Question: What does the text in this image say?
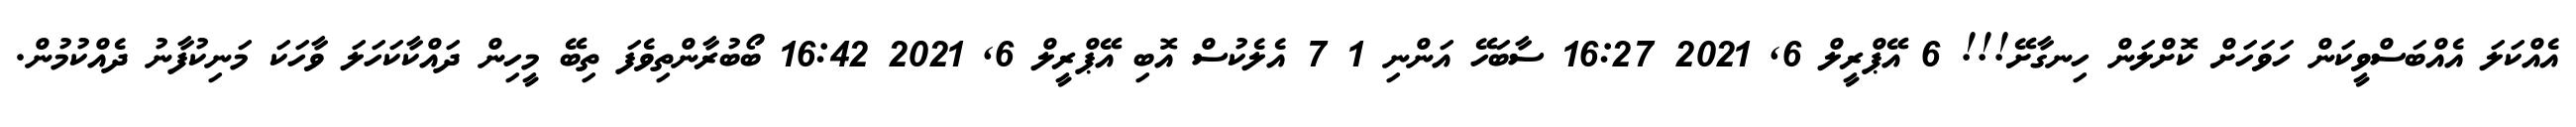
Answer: އެއްކަލަ އެއްބަސްވީކަން ހަވަހަށް ކޮށްލަން ހިނގާށޭ!!! 6 އޭޕްރީލް 6, 2021 16:27 ސާބަހޭ އަންނި 1 7 އެލެކުސް އޮބި އޭޕްރީލް 6, 2021 16:42 ބޯބުރާންތިވެފަ ތިބޭ މީހިން ދައްކާކަހަލަ ވާހަކަ މަނިކުފާނު ދެއްކުމުން.